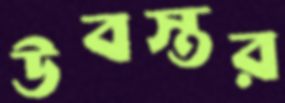
উবস্তর